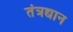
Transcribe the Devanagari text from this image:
तंत्रद्यान